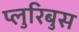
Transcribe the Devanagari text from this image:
प्लुरिबुस